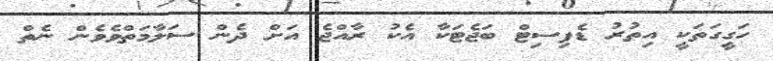
ހަގީގަތަކީ އިތުރު ޑެފިސިޓް ބަޖެޓަކާ އެކު ރާއްޖެ އަށް ދެން ސަލާމަތްވެވެން ނެތް